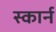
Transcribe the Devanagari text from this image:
स्कार्न